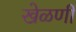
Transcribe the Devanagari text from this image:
खेळणीं